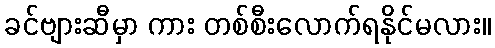
ခင်ဗျားဆီမှာ ကား တစ်စီးလောက်ရနိုင်မလား။